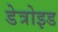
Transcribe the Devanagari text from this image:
डेत्रोइड